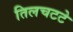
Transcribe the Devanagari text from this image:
तिलचटटे